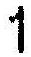
1